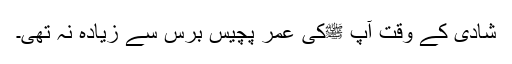
شادی کے وقت آپ ﷺکی عمر پچیس برس سے زیادہ نہ تھی۔